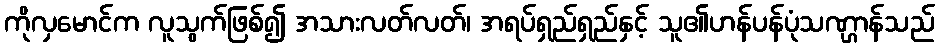
ကိုလှမောင်က လူသွက်ဖြစ်၍ အသားလတ်လတ်၊ အရပ်ရှည်ရှည်နှင့် သူ၏ဟန်ပန်ပုံသဏ္ဌာန်သည်